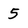
Character: 5